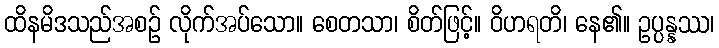
ထိနမိဒသည်အစဉ် လိုက်အပ်သော။ စေတသာ၊ စိတ်ဖြင့်။ ဝိဟရတိ၊ နေ၏။ ဥပ္ပန္နဿ၊